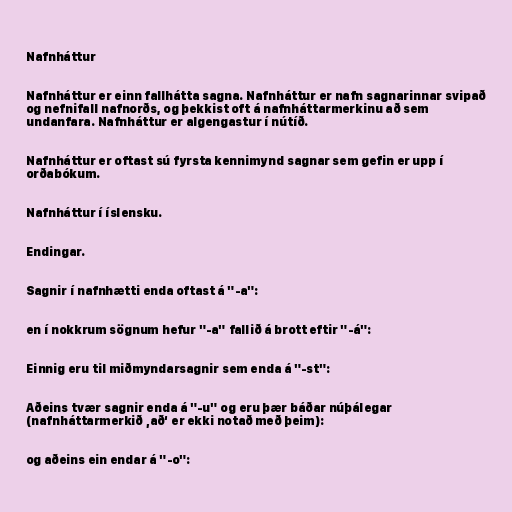
Nafnháttur

Nafnháttur er einn fallhátta sagna. Nafnháttur er nafn sagnarinnar svipað
og nefnifall nafnorðs, og þekkist oft á nafnháttarmerkinu að sem
undanfara. Nafnháttur er algengastur í nútíð.

Nafnháttur er oftast sú fyrsta kennimynd sagnar sem gefin er upp í
orðabókum.

Nafnháttur í íslensku.

Endingar.

Sagnir í nafnhætti enda oftast á "-a":

en í nokkrum sögnum hefur "-a" fallið á brott eftir "-á":

Einnig eru til miðmyndarsagnir sem enda á "-st":

Aðeins tvær sagnir enda á "-u" og eru þær báðar núþálegar
(nafnháttarmerkið ‚að‘ er ekki notað með þeim):

og aðeins ein endar á "-o":